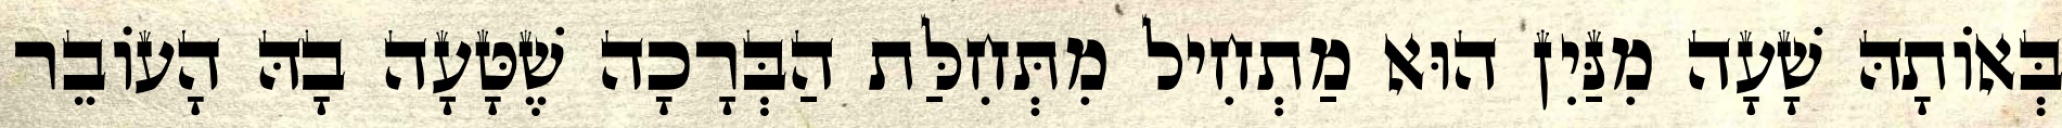
בְּאוֹתָהּ שָׁעָה מִנַּיִן הוּא מַתְחִיל מִתְּחִלַּת הַבְּרָכָה שֶׁטָּעָה בָהּ הָעוֹבֵר